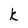
Character: K